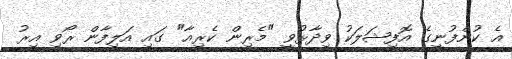
އެ ކުންފުނީގެ އޮފިޝަލަކު ވިދާޅުވީ "މެރިން ކެރިއާ" ގައި އަލިފާން ރޯވި އިރު